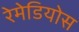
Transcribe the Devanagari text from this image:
रेमेडियोस